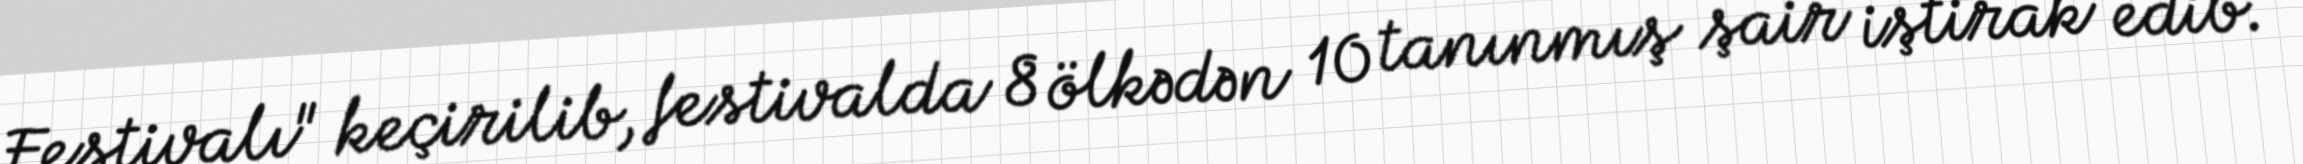
Festivalı" keçirilib, festivalda 8 ölkədən 10 tanınmış şair iştirak edib.